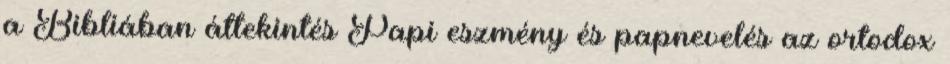
a Bibliában áttekintés Papi eszmény és papnevelés az ortodox